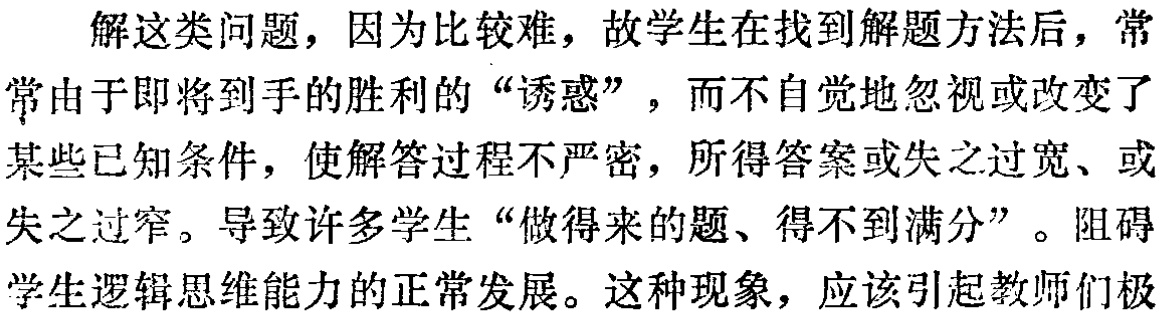
解这类问题，因为比较难，故学生在找到解题方法后，常常由于即将到手的胜利的“诱惑”，而不自觉地忽视或改变了某些已知条件，使解答过程不严密，所得答案或失之过宽、或失之过窄。导致许多学生“做得来的题、得不到满分”。阻碍学生逻辑思维能力的正常发展。这种现象，应该引起教师们极